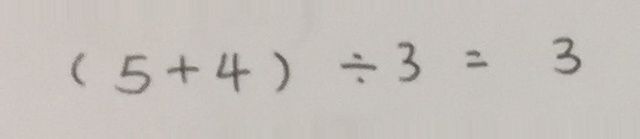
( 5 + 4 ) \div 3 = 3